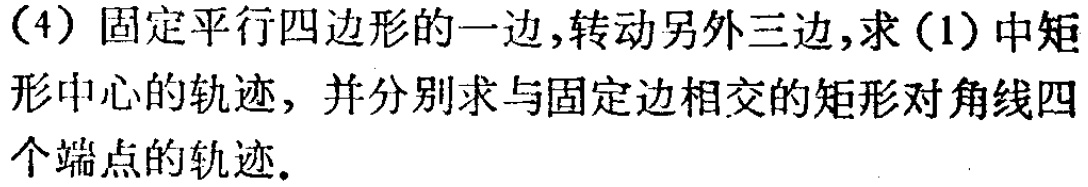
（4）固定平行四边形的一边,转动另外三边,求（1）中矩形中心的轨迹，并分别求与固定边相交的矩形对角线四个端点的轨迹.